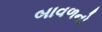
બાવળનો